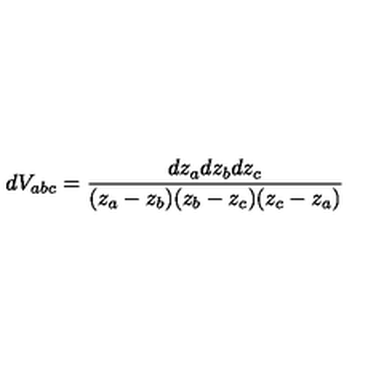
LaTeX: d V _ { a b c } = \frac { d z _ { a } d z _ { b } d z _ { c } } { ( z _ { a } - z _ { b } ) ( z _ { b } - z _ { c } ) ( z _ { c } - z _ { a } ) }